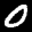
Label: 0